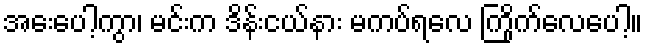
အေးပေါ့ကွာ၊ မင်းက ဒိန်းငယ်နား မကပ်ရလေ ကြိုက်လေပေါ့။